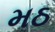
મઠ